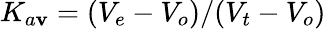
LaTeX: K_{a\mathbf{v}}=(V_{e}-V_{o})/(V_{t}-V_{o})